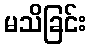
မသိခြင်း